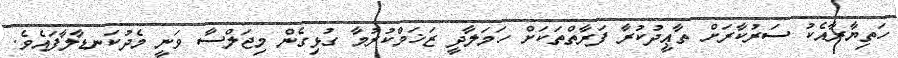
ހަތިޔާރާއެކު ސަރުކާރަށް ތާޢީދުކުރާ ފަރާތްތަކަށް ހަމަލާދީ ޒަޚަމްކުރުމާ ގުޅިގެން މިޖަލްސާ ވަނީ މެދުކަނޑާލާފައެވެ.